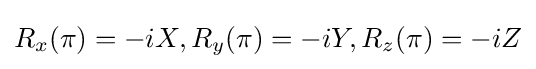
R_{x}(\pi )=-iX,R_{y}(\pi )=-iY,R_{z}(\pi )=-iZ